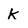
Character: K